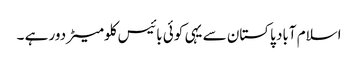
اسلام آباد پاکستان سے یہی کوئی بائیس کلومیٹر دور ہے ۔